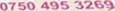
0750 495 3269